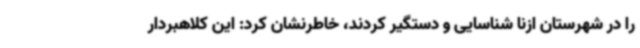
را در شهرستان ازنا شناسایی و دستگیر کردند، خاطرنشان کرد: این کلاهبردار